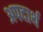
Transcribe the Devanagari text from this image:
अपदार्थ